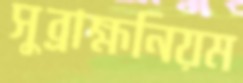
সুব্রাহ্মনিয়ম